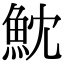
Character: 魫